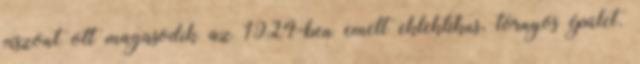
viszont ott magasodik az 1924-ben emelt eklektikus, tornyos épület.